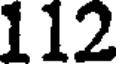
112